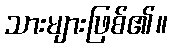
သားများဖြစ်၏။